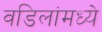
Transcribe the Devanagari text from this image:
वडिलांमध्ये